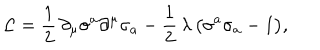
{ \cal L } = \frac { 1 } { 2 } \, \partial _ { \mu } \sigma ^ { a } \partial ^ { \mu } \sigma _ { a } - \frac { 1 } { 2 } \, \lambda \, \bigl ( \sigma ^ { a } \sigma _ { a } - 1 \bigr ) ,